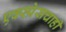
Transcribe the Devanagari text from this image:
एक्स्प्रेसचाही